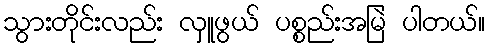
သွားတိုင်းလည်း လှူဖွယ် ပစ္စည်းအမြဲ ပါတယ်။